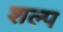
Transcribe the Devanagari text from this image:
शल्प